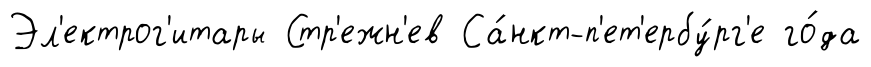
Эл'ектрог'итары Стр'ежн'ев Са́нкт-п'ет'ербу́рг'е го́да